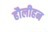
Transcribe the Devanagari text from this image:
हौलीहन